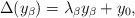
LaTeX: \begin{align*}\Delta(y_\beta)=\lambda_\beta y_\beta+y_0,\end{align*}